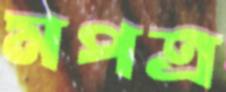
মপত্র